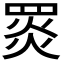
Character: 𦋎